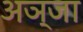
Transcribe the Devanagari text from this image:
अञ्जा